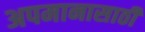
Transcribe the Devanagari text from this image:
अपमानासाठी